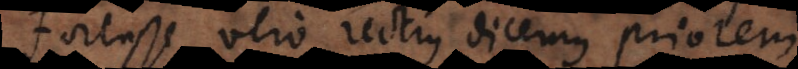
Fortasse vero rectius dicemus priorem